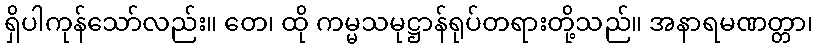
ရှိပါကုန်သော်လည်း။ တေ၊ ထို ကမ္မသမုဋ္ဌာန်ရုပ်တရားတို့သည်။ အနာရမဏတ္တာ၊